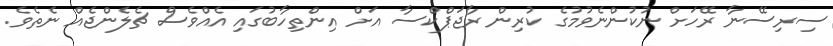
ސިރިސޭނާ ރޭހަށް ނުކުންނެވުމުގެ ކުރިން ރާޖަޕްކްސާ އަށް އިންތިހާބުގައި އެއްވެސް ޗެލެންޖެއް ނެތެވެ.